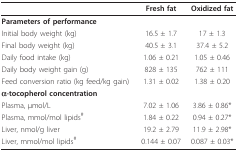
|  | Fresh fat | Oxidized fat |
 | --- | --- | --- |
 | Parameters of performance |  |  |
 | Initial body weight (kg) | 16.5 ± 1.7 | 17 ± 1.3 |
 | Final body weight (kg) | 40.5 ± 3.1 | 37.4 ± 5.2 |
 | Daily food intake (kg) | 1.06 ± 0.21 | 1.05 ± 0.46 |
 | Daily body weight gain (g) | 828 ± 135 | 762 ± 111 |
 | Feed conversion ratio (kg feed/kg gain) | 1.31 ± 0.02 | 1.38 ± 0.20 |
 | α-tocopherol concentration |  |  |
 | Plasma, μmol/L | 7.02 ± 1.06 | 3.86 ± 0.86* |
 | Plasma, mmol/mol lipids# | 1.84 ± 0.22 | 0.94 ± 0.27* |
 | Liver, nmol/g liver | 19.2 ± 2.79 | 11.9 ± 2.98* |
 | Liver, mmol/mol lipids# | 0.144 ± 0.07 | 0.087 ± 0.03* |